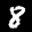
Label: 8